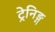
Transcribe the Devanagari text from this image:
ट्रेनिङ्ग